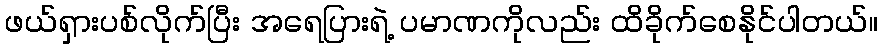
ဖယ်ရှားပစ်လိုက်ပြီး အရေပြားရဲ့ ပမာဏကိုလည်း ထိခိုက်စေနိုင်ပါတယ်။